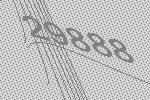
29888